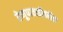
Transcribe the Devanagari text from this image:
रेणूपातळीवरील